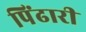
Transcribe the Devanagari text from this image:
पिंढारी